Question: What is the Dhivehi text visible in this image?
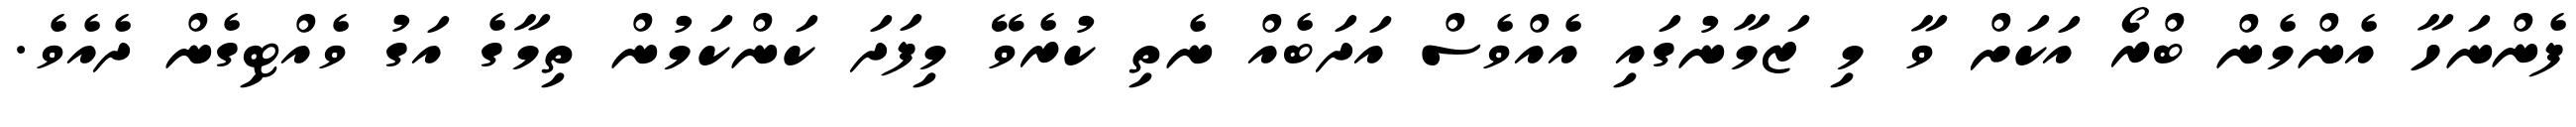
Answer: ފެންނަހާ އެންމެން ބްރޯ އަކަށް ވާ މި ޒަމާނުގައި އެއްވެސް އަދަބެއް ނެތި ކުރެވޭ މިފަދަ ކަންކަމުން ތިމާގެ އަގު ވެއްޓިގެން ދެއެވެ.